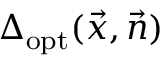
\Delta _ { \mathrm { o p t } } ( \vec { x } , \vec { n } )